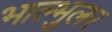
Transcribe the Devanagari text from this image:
भाल्भुलर